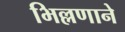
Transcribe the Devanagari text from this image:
भिल्लणाने